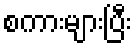
စကားများပြီး